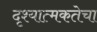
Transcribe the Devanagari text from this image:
दृश्यात्मकतेचा